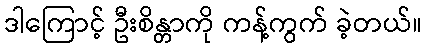
ဒါကြောင့် ဦးစိန္တာကို ကန့်ကွက် ခဲ့တယ်။